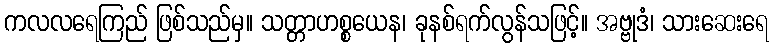
ကလလရေကြည် ဖြစ်သည်မှ။ သတ္တာဟစ္စယေန၊ ခုနစ်ရက်လွန်သဖြင့်။ အဗ္ဗုဒံ၊ သားဆေးရေ